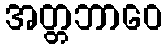
အတ္တဘာဝေ